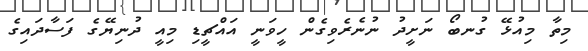
މިތާ މިއުޅޭ ގުނބޯ ނަށީދު ނުނެރެވިގެން ހީވަނީ އައްޗީޑި މިއީ ދުނިޔޭގެ ފަސާދައިގެ